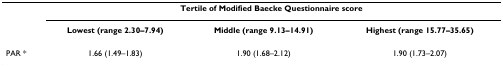
|  | <COLSPAN=3> Tertile of Modified Baecke Questionnaire score |
 |  | Lowest (range 2.30–7.94) | Middle (range 9.13–14.91) | Highest (range 15.77–35.65) |
 | --- | --- | --- | --- |
 | PAR * | 1.66 (1.49–1.83) | 1.90 (1.68–2.12) | 1.90 (1.73–2.07) |